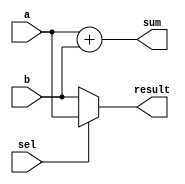
module combinational_logic(
    input wire [3:0] a,         // 4-bit input vector
    input wire [3:0] b,         // 4-bit input vector
    input wire sel,             // 1-bit selector
    output reg [3:0] sum,       // 4-bit output for sum
    output reg [3:0] result     // 4-bit output for MUX or different logic
);

// Combinational logic block
always @(*) begin
    // Compute the sum of inputs a and b
    sum = a + b;

    // Multiplexer logic based on selector
    if (sel) begin
        result = a;           // If sel is 1, output a
    end else begin
        result = b;           // If sel is 0, output b
    end
end

endmodule